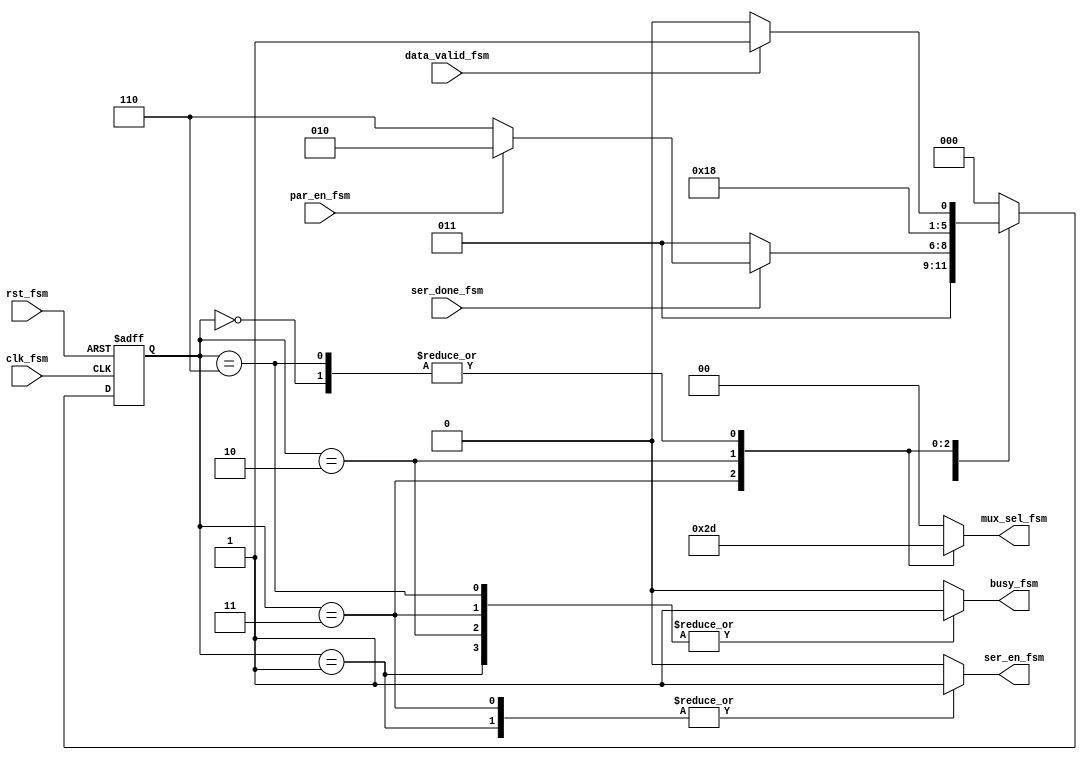



module FSM(

input  wire       data_valid_fsm ,
input  wire       ser_done_fsm ,
input  wire       clk_fsm,
input  wire       rst_fsm,
input  wire       par_en_fsm,
output reg        ser_en_fsm,
output reg        busy_fsm,
output reg    [1:0]    mux_sel_fsm
  );
  //fsm states
localparam [2:0] 
IDLE=3'b000,
START=3'b001,
DATA=3'b011,
PARITY=3'b010,
STOP=3'b110;

reg [2:0] current_state=0 ,next_state=0;

always @(posedge clk_fsm or negedge rst_fsm)
begin
  if(!rst_fsm)
    begin
      current_state<=IDLE;
    end
  else 
    begin
      current_state<=next_state;
    end
end  
//next state logic and output    
  always @(*)
  begin
    //initial values
    busy_fsm=0;
    ser_en_fsm=0;
    mux_sel_fsm=0;
    
    case(current_state)
      IDLE:begin
        busy_fsm=0;
        ser_en_fsm=0;
        mux_sel_fsm=2'b01;
        if(data_valid_fsm)
          begin
            next_state=START;
          end
        else
          begin
            next_state=IDLE;
          end
      end
      START:begin
        busy_fsm=1;
        ser_en_fsm=1;
        mux_sel_fsm=2'b00;
        next_state=DATA;
      end
      
      DATA:begin
        busy_fsm=1;
        ser_en_fsm=1;
        mux_sel_fsm=2'b10;
        if(ser_done_fsm)
          begin
            if(par_en_fsm)
              begin
                next_state = PARITY;
              end
            else
              begin
              next_state = STOP;
            end
          end
        else
          begin
            next_state = DATA;
          end
      end
      
      PARITY:begin
        busy_fsm=1;
        ser_en_fsm=0;
        mux_sel_fsm=2'b11;
        next_state = STOP;
      end
      
      STOP:begin
        busy_fsm=1;
        ser_en_fsm=0;
        mux_sel_fsm=2'b01;
        if(data_valid_fsm)
          begin
            next_state = START;
          end
        else
          begin
            next_state = IDLE;
          end
      end
      default:begin
        next_state=IDLE;
      end
    endcase
  end

endmodule